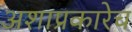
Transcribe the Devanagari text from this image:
अशाप्रकारेच